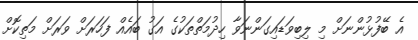
އެ ބޭފުޅުންނަށް މި ލިބިވަޑައިގަންނަވާ ހިދުމަތްތަކުގެ އަގު ބައެއް ފަހަރަށް ވަރަށް މަތިކޮށް